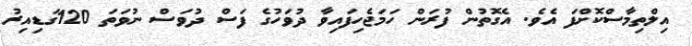
އިލްތިމާސްކޮށްފަ އެވެ. އެގޮތުން ފުރަން ހަމަޖެހިފައިވާ ދުވަހުގެ ފަސް ދުވަސް ނުވަތަ 120ގަޑިއިރު